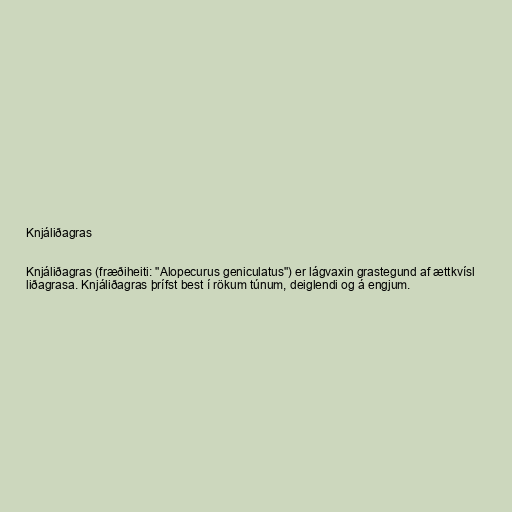
Knjáliðagras

Knjáliðagras (fræðiheiti: "Alopecurus geniculatus") er lágvaxin grastegund af ættkvísl
liðagrasa. Knjáliðagras þrífst best í rökum túnum, deiglendi og á engjum.